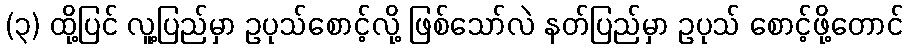
(၃) ထို့ပြင် လူ့ပြည်မှာ ဥပုသ်စောင့်လို့ ဖြစ်သော်လဲ နတ်ပြည်မှာ ဥပုသ် စောင့်ဖို့တောင်